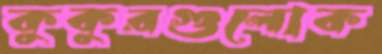
কুকুরগুলোক